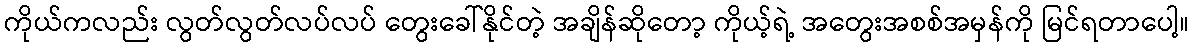
ကိုယ်ကလည်း လွတ်လွတ်လပ်လပ် တွေးခေါ်နိုင်တဲ့ အချိန်ဆိုတော့ ကိုယ့်ရဲ့ အတွေးအစစ်အမှန်ကို မြင်ရတာပေါ့။